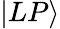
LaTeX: \vert LP\rangle